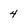
Character: 4